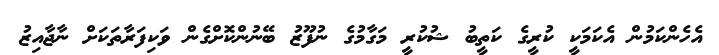
އެހެންކަމުން އެކަމަކީ ކުރީގެ ކަތީބު ޝުކުރީ މަގާމުގެ ނުފޫޒު ބޭނުންކޮށްގެން ވަކިފަރާތަކަށް ނާޖާއިޒު